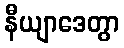
နီယျာဒေတွာ